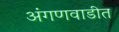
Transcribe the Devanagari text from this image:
अंगणवाडीत